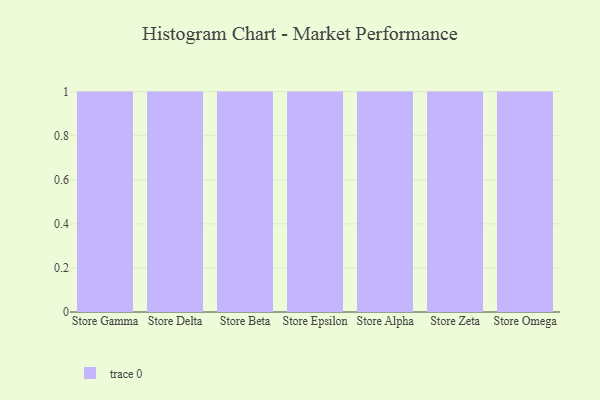
{"axis": {"x": "Store", "y": "Production Output"}, "legend": [""], "data": [{"x": "Store Gamma", "y": 2, "type": ""}, {"x": "Store Delta", "y": 10, "type": ""}, {"x": "Store Beta", "y": 3, "type": ""}, {"x": "Store Epsilon", "y": 6, "type": ""}, {"x": "Store Alpha", "y": 22, "type": ""}, {"x": "Store Zeta", "y": 2, "type": ""}, {"x": "Store Omega", "y": 6, "type": ""}]}